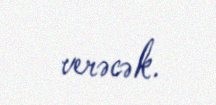
verəcək.